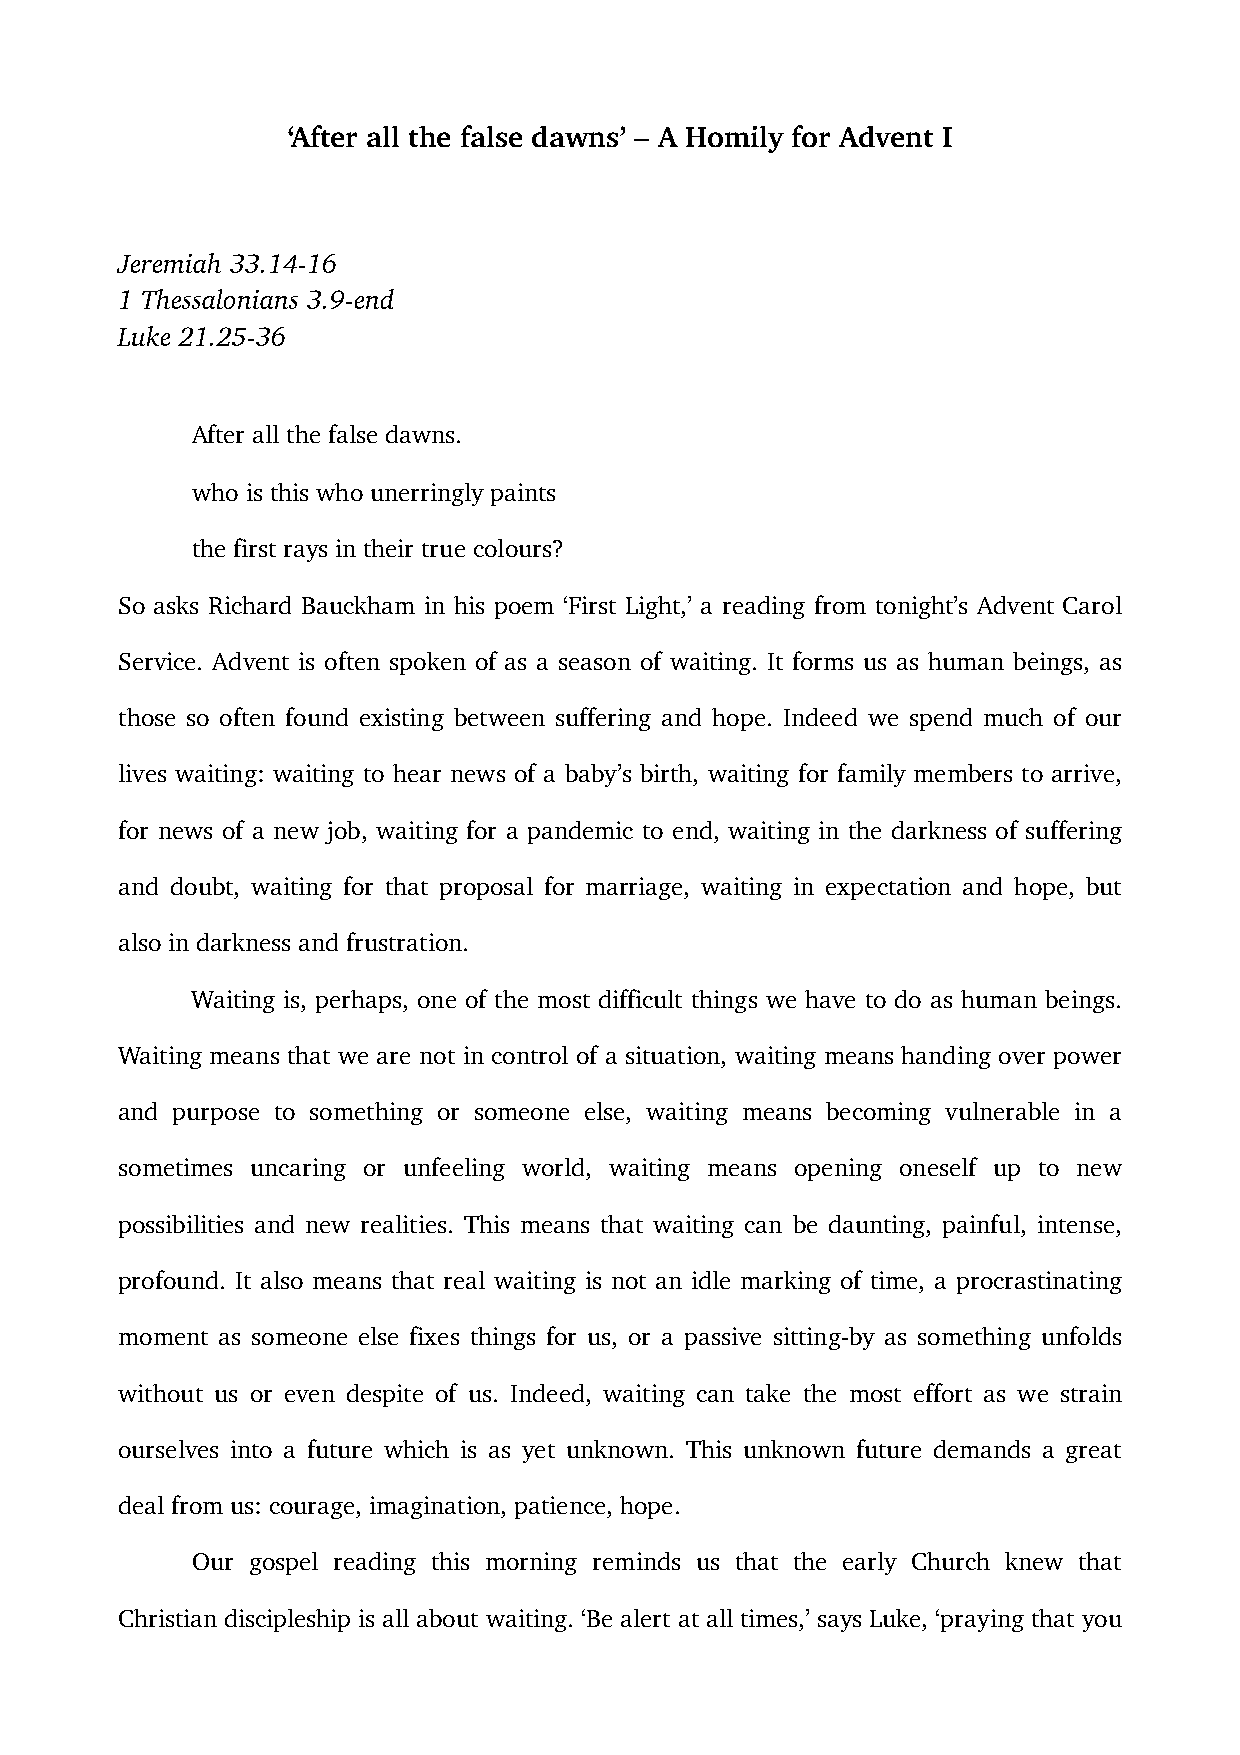
‘After all the false dawns’ – A Homily for Advent I
 Jeremiah 33.14-16
 1 Thessalonians 3.9-end
 Luke 21.25-36
 After all the false dawns.
 who is this who unerringly paints
 the first rays in their true colours?
 So asks Richard Bauckham in his poem ‘First Light,’ a reading from tonight’s Advent Carol
 Service. Advent is often spoken of as a season of waiting. It forms us as human beings, as
 those so often found existing between suffering and hope. Indeed we spend much of our
 lives waiting: waiting to hear news of a baby’s birth, waiting for family members to arrive,
 for news of a new job, waiting for a pandemic to end, waiting in the darkness of suffering
 and doubt, waiting for that proposal for marriage, waiting in expectation and hope, but
 also in darkness and frustration.
 Waiting is, perhaps, one of the most difficult things we have to do as human beings.
 Waiting means that we are not in control of a situation, waiting means handing over power
 and purpose to something or someone else, waiting means becoming vulnerable in a
 sometimes uncaring or unfeeling world, waiting means opening oneself up to new
 possibilities and new realities. This means that waiting can be daunting, painful, intense,
 profound. It also means that real waiting is not an idle marking of time, a procrastinating
 moment as someone else fixes things for us, or a passive sitting-by as something unfolds
 without us or even despite of us. Indeed, waiting can take the most effort as we strain
 ourselves into a future which is as yet unknown. This unknown future demands a great
 deal from us: courage, imagination, patience, hope.
 Our gospel reading this morning reminds us that the early Church knew that
 Christian discipleship is all about waiting. ‘Be alert at all times,’ says Luke, ‘praying that you